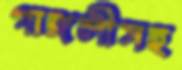
গাঙ্গলীসহ